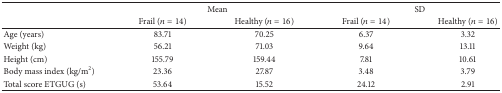
<table><thead><tr><td><b> </b></td><td colspan="2"><b>Mean</b></td><td colspan="2"><b>SD</b></td></tr><tr><td><b> </b></td><td><b>Frail (<i>n</i> = 14)</b></td><td><b>Healthy (<i>n</i> = 16)</b></td><td><b>Frail (<i>n</i> = 14)</b></td><td><b>Healthy (<i>n</i> = 16)</b></td></tr></thead><tbody><tr><td>Age (years)</td><td>83.71</td><td>70.25</td><td>6.37</td><td>3.32</td></tr><tr><td>Weight (kg)</td><td>56.21</td><td>71.03</td><td>9.64</td><td>13.11</td></tr><tr><td>Height (cm)</td><td>155.79</td><td>159.44</td><td>7.81</td><td>10.61</td></tr><tr><td>Body mass index (kg/m<sup>2</sup>)</td><td>23.36</td><td>27.87</td><td>3.48</td><td>3.79</td></tr><tr><td>Total score ETGUG (s)</td><td>53.64</td><td>15.52</td><td>24.12</td><td>2.91</td></tr></tbody></table>